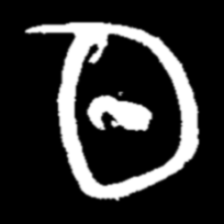
Pyu character \u2014 Myanmar letter: ထ (romanized: tha)